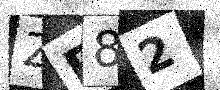
Text: ZF82